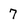
Character: 7